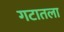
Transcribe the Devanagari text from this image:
गटातला